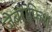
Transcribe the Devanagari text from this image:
जेबराफिश